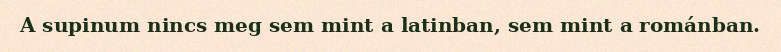
A supinum nincs meg sem mint a latinban, sem mint a románban.